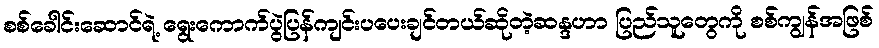
စစ်ခေါင်းဆောင်ရဲ့ ရွေးကောက်ပွဲပြန်ကျင်းပပေးချင်တယ်ဆိုတဲ့ဆန္ဒဟာ ပြည်သူတွေကို စစ်ကျွန်အဖြစ်